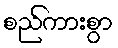
စည်ကားစွာ